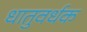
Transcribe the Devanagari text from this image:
धातुवर्धक